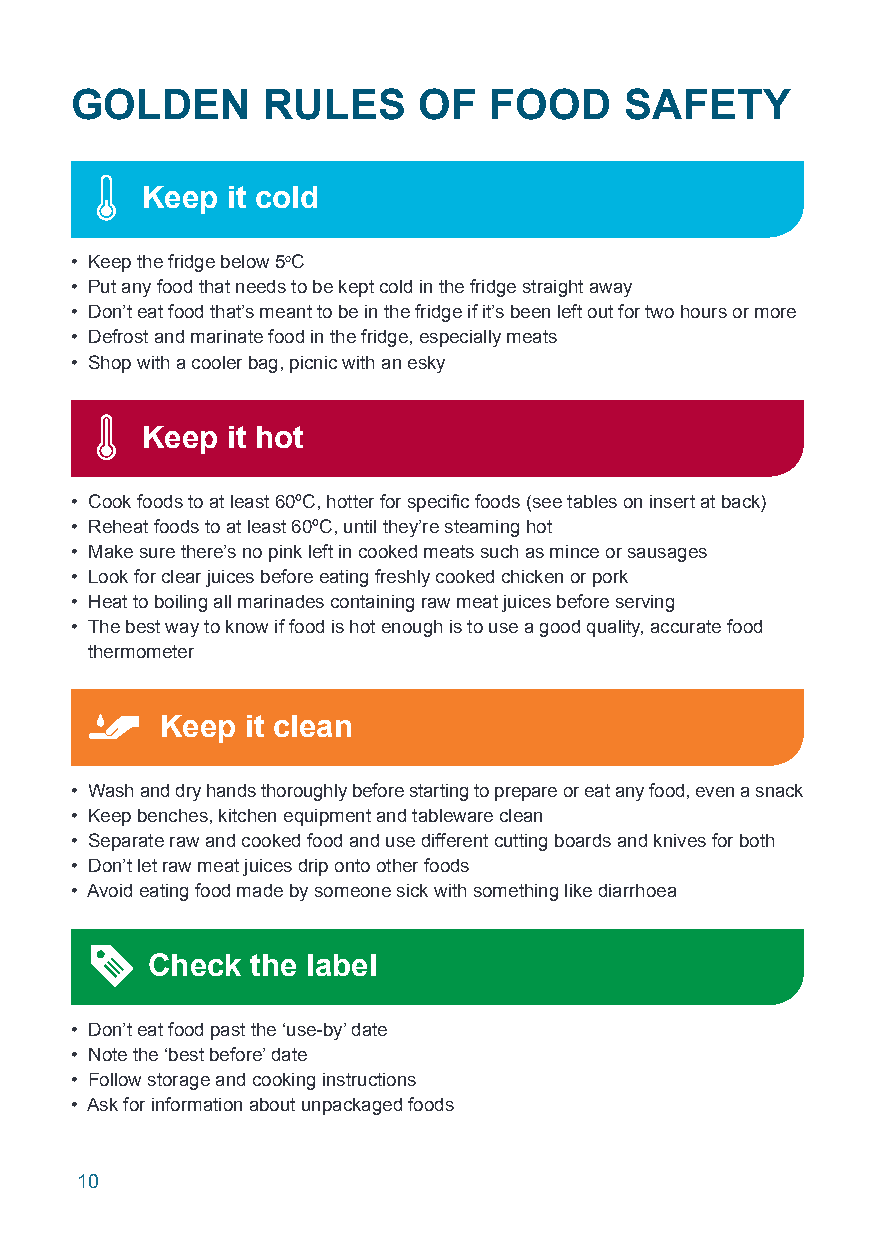
GOLDEN      RULES      OF  FOOD     SAFETY
 Keep  it cold
 • Keep the fridge below 5oC
 • Put any food that needs to be kept cold in the fridge straight away
 • Don’t eat food that’s meant to be in the fridge if it’s been left out for two hours or more
 • Defrost and marinate food in the fridge, especially meats
 • Shop with a cooler bag, picnic with an esky
 Keep  it hot
 • Cook foods to at least 60ºC, hotter for specific foods (see tables on insert at back)
 • Reheat foods to at least 60ºC, until they’re steaming hot
 • Make sure there’s no pink left in cooked meats such as mince or sausages
 • Look for clear juices before eating freshly cooked chicken or pork
 • Heat to boiling all marinades containing raw meat juices before serving
 • The best way to know if food is hot enough is to use a good quality, accurate food
 thermometer
 Keep it clean
 • Wash and dry hands thoroughly before starting to prepare or eat any food, even a snack
 • Keep benches, kitchen equipment and tableware clean
 • Separate raw and cooked food and use different cutting boards and knives for both
 • Don’t let raw meat juices drip onto other foods
 • Avoid eating food made by someone sick with something like diarrhoea
 Check  the label
 • Don’t eat food past the ‘use-by’ date
 • Note the ‘best before’ date
 • Follow storage and cooking instructions
 • Ask for information about unpackaged foods
 10